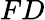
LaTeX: FD